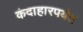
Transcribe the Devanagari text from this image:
कंदाहारपर्यंत